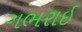
ગભરાઈ